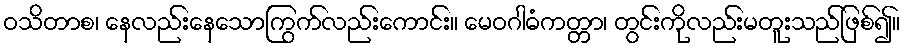
ဝသိတာစ၊ နေလည်းနေသောကြွက်လည်းကောင်း။ မေဝဂါဓံကတ္တာ၊ တွင်းကိုလည်းမတူးသည်ဖြစ်၍။